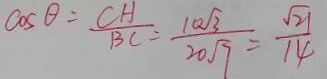
\cos \theta = \frac { C H } { B C } = \frac { 1 0 \sqrt { 3 } } { 2 0 \sqrt { 7 } } = \frac { \sqrt { 2 1 } } { 1 4 }